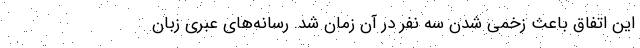
این اتفاق باعث زخمی شدن سه نفر در آن زمان شد. رسانه‌های عبری زبان